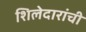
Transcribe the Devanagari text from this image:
शिलेदारांची